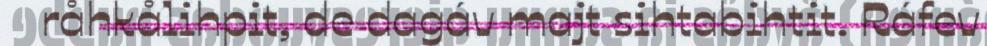
råhkålihpit, de dagáv majt sihtabihtit. Ráfev